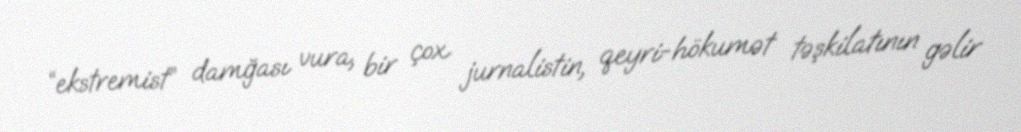
“ekstremist” damğası vura, bir çox jurnalistin, qeyri-hökumət təşkilatının gəlir